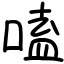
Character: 嗑